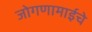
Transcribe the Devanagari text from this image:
जोगणामाईचे